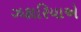
ઝકારિયાએ